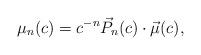
LaTeX: \begin{gather*}\mu_{n}(c) =c^{-n}\vec{P}_{n}(c)\cdot\vec{\mu}(c) ,\end{gather*}